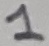
Text: 1